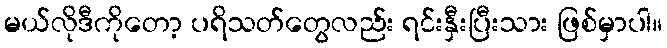
မယ်လိုဒီကိုတော့ ပရိသတ်တွေလည်း ရင်းနှီးပြီးသား ဖြစ်မှာပါ။